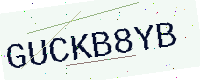
Text: GUCKB8YB